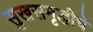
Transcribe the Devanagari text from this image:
सुखसमृद्धीचे